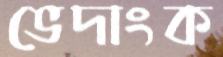
ভেদাংক